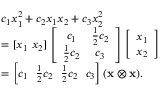
\begin{array} { r l } & { c _ { 1 } x _ { 1 } ^ { 2 } + c _ { 2 } x _ { 1 } x _ { 2 } + c _ { 3 } x _ { 2 } ^ { 2 } } \\ & { = [ x _ { 1 } \ x _ { 2 } ] \left[ \begin{array} { c c } { c _ { 1 } } & { \frac { 1 } { 2 } c _ { 2 } } \\ { \frac { 1 } { 2 } c _ { 2 } } & { c _ { 3 } } \end{array} \right] \left[ \begin{array} { c } { x _ { 1 } } \\ { x _ { 2 } } \end{array} \right] } \\ & { = \left[ c _ { 1 } \ \ \frac { 1 } { 2 } c _ { 2 } \ \ \frac { 1 } { 2 } c _ { 2 } \ \ c _ { 3 } \right] ( \mathbf { x } \otimes \mathbf { x } ) . } \end{array}